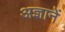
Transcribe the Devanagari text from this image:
अज्ञानें